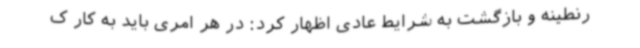
رنطینه و بازگشت به شرایط عادی اظهار کرد: در هر امری باید به کار ک